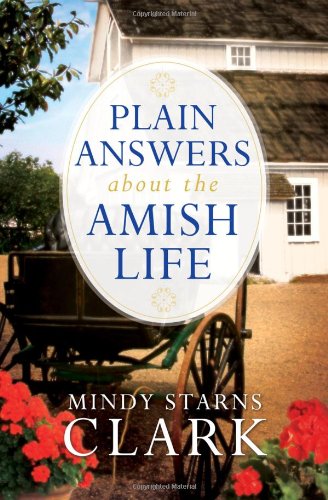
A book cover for Plain Answers About the Amish Life; Mindy Starns Clark; Christian Books & Bibles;